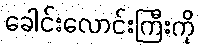
ခေါင်းလောင်းကြီးကို